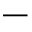
\underline { { \phantom { 1 0 } } }